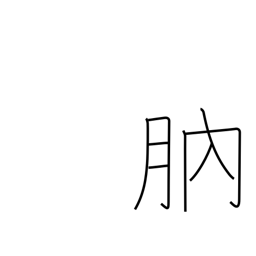
Meaning: new moon